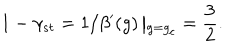
1 - \gamma _ { s t } = 1 / \beta ^ { \prime } ( g ) \left| _ { g = g _ { c } } \right. = \frac { 3 } { 2 } .